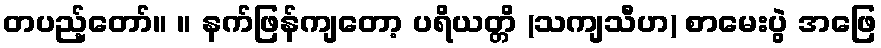
တပည့်တော်။ ။ နက်ဖြန်ကျတော့ ပရိယတ္တိ (သကျသီဟ) စာမေးပွဲ အဖြေ